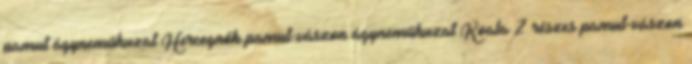
pamut ágyneműhuzat Hercegnők pamut-vászon ágyneműhuzat Koala 2 részes pamut-vászon